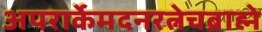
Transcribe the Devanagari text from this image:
अपरार्केमदनरत्नेचब्राह्मे